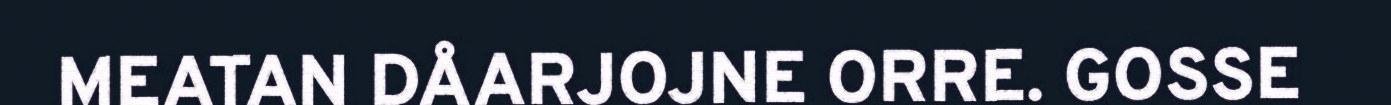
MEATAN DÅARJOJNE ORRE. GOSSE